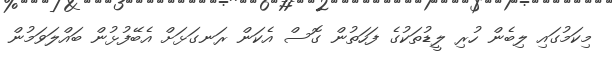
މިކަމުގައި ލިބެން ހުރި ލީޑުތަކުގެ ފަހަތުން ގޮސް އެކަން ރަނގަޅަށް އެބޭފުޅުން ބައްލަވަމުން